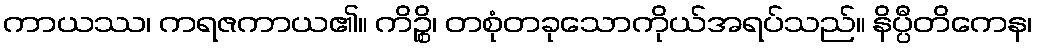
ကာယဿ၊ ကရဇကာယ၏။ ကိဉ္စိ၊ တစုံတခုသောကိုယ်အရပ်သည်။ နိပ္ပီတိကေန၊